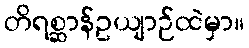
တိရစ္ဆာန်ဥယျာဉ်ထဲမှာ။